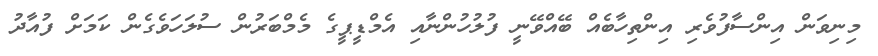
މިނިވަން އިންސާފުވެރި އިންތިހާބެއް ބޭއްވޭނީ ފުލުހުންނާއި އެމްޑީޕީގެ މެމްބަރުން ސުލަހަވެގެން ކަމަށް ފުއާދު